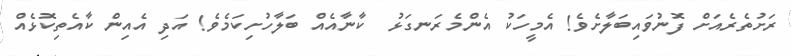
ރަށުތެރެއަށް ފޮނުވައިބަލާށެވެ! އެމީހަކު އެންމެރަނގަޅު  ކާނާއެއް ބަލާހުށިކަމެވެ! އަދި އެއިން ކާއެތިކޮޅެއް